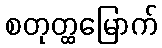
စတုတ္ထမြောက်